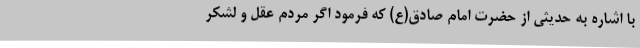
با اشاره به حدیثی از حضرت امام صادق(ع) که فرمود اگر مردم عقل و لشکر